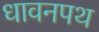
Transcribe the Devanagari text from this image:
धावनपथ